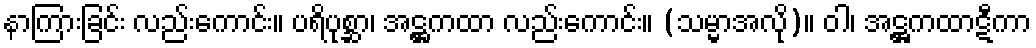
နာကြားခြင်း လည်းကောင်း။ ပရိပုစ္ဆာ၊ အဋ္ဌကထာ လည်းကောင်း။ (သမ္မာအလို)။ ဝါ၊ အဋ္ဌကထာဋီကာ